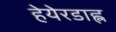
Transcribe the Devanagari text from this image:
हेयेरडाह्ल